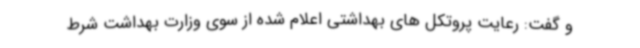
و گفت: رعایت پروتکل های بهداشتی اعلام شده از سوی وزارت بهداشت شرط